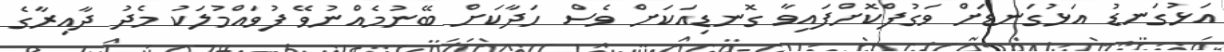
އަޅުގަނޑު އަޅުގަނޑަށް ވަގުފްކޮށްފައިވާ ގޮނޑިއަކަށް ވެސް ހަދާކަށް ބޭނުމެއްނުވޭ ފުވައްމުލަކު މެދު ދާއިރާގެ